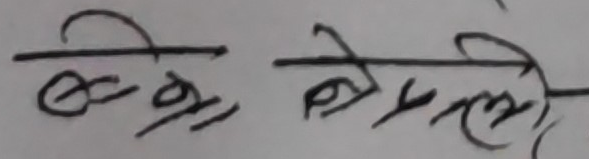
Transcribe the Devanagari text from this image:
खेला खेल्ने